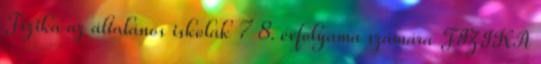
Fizika az általános iskolák 7 8. évfolyama számára FIZIKA